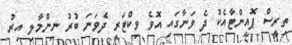
ތިރީސް ޕޮއިންޓާއެކު ދެ ވަނާގައި އޮވެ ވިކްޓަރީ ދެވަނަ ބުރު ނިންމާލި އިރު